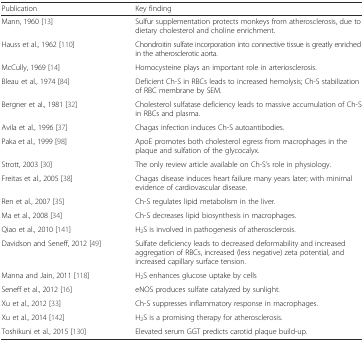
<table><thead><tr><td><b>Publication</b></td><td><b>Key finding</b></td></tr></thead><tbody><tr><td>Mann, 1960 [13]</td><td>Sulfur supplementation protects monkeys from atherosclerosis, due to dietary cholesterol and choline enrichment.</td></tr><tr><td>Hauss et al., 1962 [110]</td><td>Chondroitin sulfate incorporation into connective tissue is greatly enriched in the atherosclerotic aorta.</td></tr><tr><td>McCully, 1969 [14]</td><td>Homocysteine plays an important role in arteriosclerosis.</td></tr><tr><td>Bleau et al., 1974 [84]</td><td>Deficient Ch-S in RBCs leads to increased hemolysis; Ch-S stabilization of RBC membrane by SEM.</td></tr><tr><td>Bergner et al., 1981 [32]</td><td>Cholesterol sulfatase deficiency leads to massive accumulation of Ch-S in RBCs and plasma.</td></tr><tr><td>Avila et al., 1996 [37]</td><td>Chagas infection induces Ch-S autoantibodies.</td></tr><tr><td>Paka et al., 1999 [98]</td><td>ApoE promotes both cholesterol egress from macrophages in the plaque and sulfation of the glycocalyx.</td></tr><tr><td>Strott, 2003 [30]</td><td>The only review article available on Ch-S’s role in physiology.</td></tr><tr><td>Freitas et al., 2005 [38]</td><td>Chagas disease induces heart failure many years later; with minimal evidence of cardiovascular disease.</td></tr><tr><td>Ren et al., 2007 [35]</td><td>Ch-S regulates lipid metabolism in the liver.</td></tr><tr><td>Ma et al., 2008 [34]</td><td>Ch-S decreases lipid biosynthesis in macrophages.</td></tr><tr><td>Qiao et al., 2010 [141]</td><td>H<sub>2</sub>S is involved in pathogenesis of atherosclerosis.</td></tr><tr><td>Davidson and Seneff, 2012 [49]</td><td>Sulfate deficiency leads to decreased deformability and increased aggregation of RBCs, increased (less negative) zeta potential, and increased capillary surface tension.</td></tr><tr><td>Manna and Jain, 2011 [118]</td><td>H<sub>2</sub>S enhances glucose uptake by cells</td></tr><tr><td>Seneff et al., 2012 [16]</td><td>eNOS produces sulfate catalyzed by sunlight.</td></tr><tr><td>Xu et al., 2012 [33]</td><td>Ch-S suppresses inflammatory response in macrophages.</td></tr><tr><td>Xu et al., 2014 [142]</td><td>H<sub>2</sub>S is a promising therapy for atherosclerosis.</td></tr><tr><td>Toshikuni et al., 2015 [130]</td><td>Elevated serum GGT predicts carotid plaque build-up.</td></tr></tbody></table>